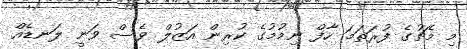
މި މެޗުގެ ފުރަތަމަ ހާފް ނިމުމުގެ ކުރިން އަޒުލް ވެސް ވަނީ ލަނޑެއް